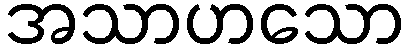
အသာဟသော